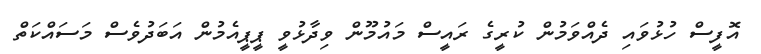
އޮފީސް ހުޅުވައި ދެއްވަމުން ކުރީގެ ރައީސް މައުމޫން ވިދާޅުވީ ޕީޕީއެމުން އަބަދުވެސް މަސައްކަތް